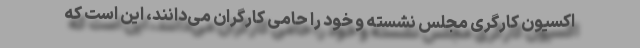
اکسیون کارگری مجلس نشسته و خود را حامی کارگران می‌دانند، این است که